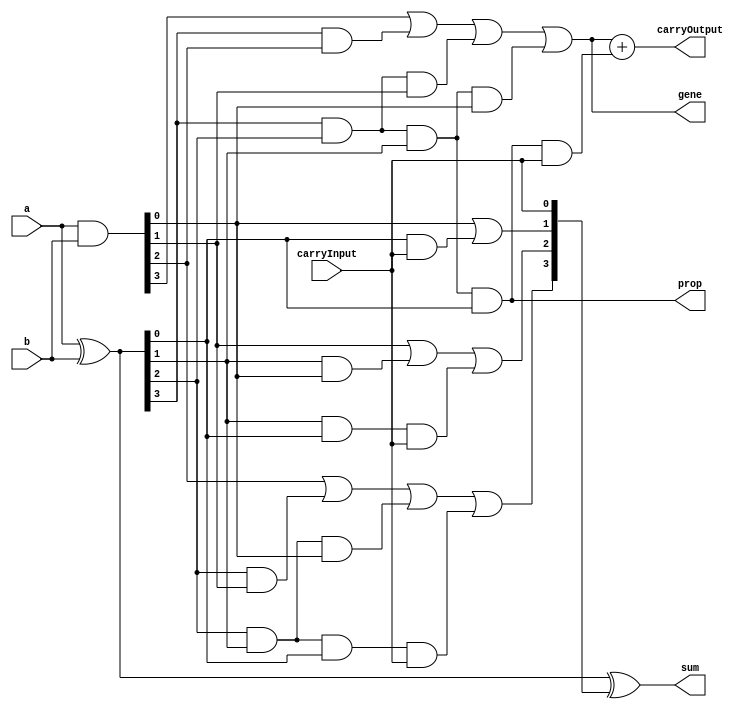
`timescale 1ns / 1ps

module cla4aug(
    input [3:0] a,
    input [3:0] b,
    input [0:0] carryInput,
    output [3:0] sum,
    output [0:0] carryOutput,
    output [0:0] prop,
    output [0:0] gene
    );
	 
	// wires for storing intermediate values of carry, propagate and generate
	wire [3:0] p;
	wire [3:0] g;
	wire [3:0] c;
	
	assign p = a ^ b;				// calculating the propagate
	assign g = a & b;				// calculating the generate
	
	assign c[0] = carryInput;
	assign c[1] = g[0] | (p[0] & carryInput);
	assign c[2] = g[1] | (p[1] & g[0]) | (p[1] & p[0] & carryInput);
	assign c[3] = g[2] | (p[2] & g[1]) | (p[2] & p[1] & g[0]) | (p[2] & p[1] & p[0] & carryInput);

	assign sum = p ^ c;					// calculating final sum
	
	// calculating generate block and propagate block for the succeeding level
	assign prop = p[3] & p[2] & p[1] & p[0];
	assign gene = g[3] | (p[3] & g[2]) | (p[3] & p[2] & g[1]) | (p[3] & p[2] & p[1] & g[0]);
	
	assign carryOutput = gene + (prop & carryInput);			// calculating final carry-output
	
endmodule